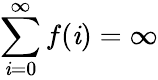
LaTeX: \sum_{\mathit{i}=0}^{\infty}f(\mathit{i})=\infty